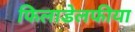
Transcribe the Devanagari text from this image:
फिलाडेलफीया